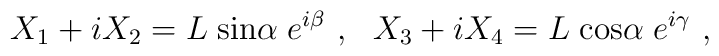
X_1+iX_2 =  L\; {\rm sin}\alpha \;  e^{i\beta}\ , \ \ X_3 +iX_4 = L\; {\rm cos}\alpha \;  e^{i\gamma}\ ,